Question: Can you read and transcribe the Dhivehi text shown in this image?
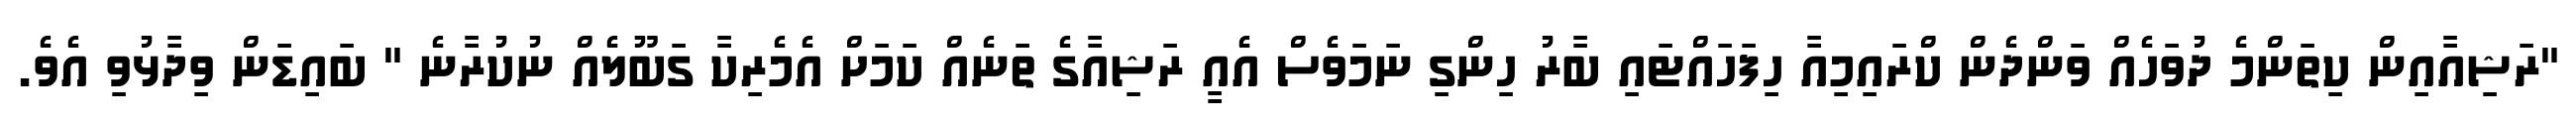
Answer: "ރަޝިއާއިން ކިތަންމެ ދުވަހެއް ވަންދެން ކްރައިމިއާ ހިފަހައްޓައި ބާރު ހިންގި ނަމަވެސް އެއީ ރަޝިއާގެ ތަނެއް ކަމަށް އެމެރިކާ ގަބޫލެއް ނުކުރާނެ " ބައިޑަން ވިދާޅުވި އެވެ.